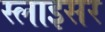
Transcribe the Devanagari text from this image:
स्लाइसर